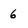
Character: 6